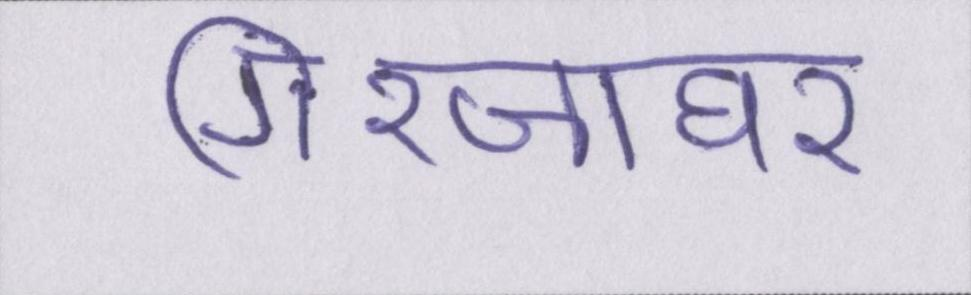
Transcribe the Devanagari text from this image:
गिरजाघर